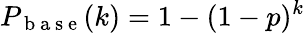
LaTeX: P_{\mathrm{~b~a~s~e~}}(k)=1-(1-p)^{k}